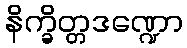
နိက္ခိတ္တဒဏ္ဍော